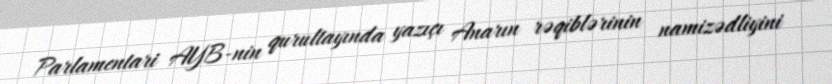
Parlamentari AYB-nin qurultayında yazıçı Anarın rəqiblərinin namizədliyini